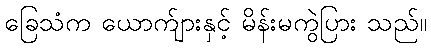
ခြေသံက ယောက်ျားနှင့် မိန်းမကွဲပြား သည်။